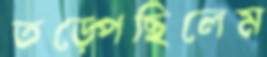
তড়্‌পেছিলেম